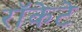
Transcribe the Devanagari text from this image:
रॉकेटे